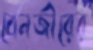
বেনজীরের